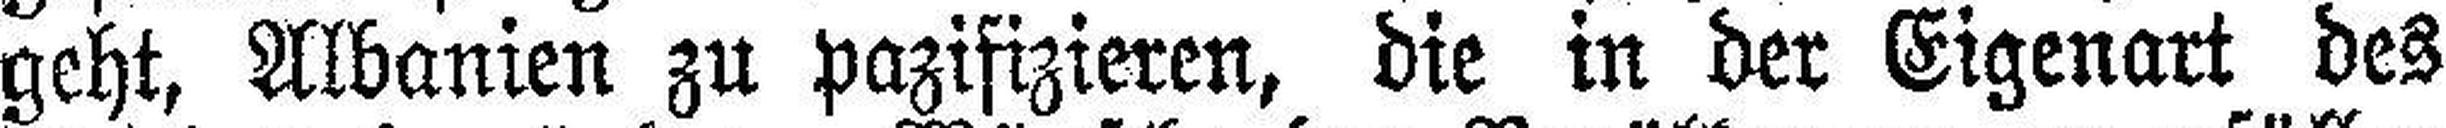
geht, Albanien zu pazifizieren, die in der Eigenart des